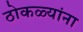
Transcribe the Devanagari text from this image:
ठोकळ्यांना